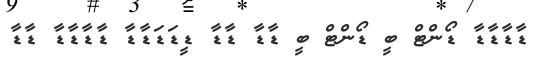
ޑާޑާޑާޑާ ޑޯންޓް ބީ ޑޯންޓް ބީ ޑާޑާ ޑާޑާ ޑީޑަޑަޑާޑާ ޑާޑާޑާޑާ ޑާޑާ